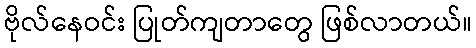
ဗိုလ်နေဝင်း ပြုတ်ကျတာတွေ ဖြစ်လာတယ်။